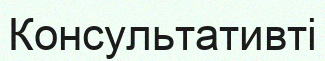
Консультативті